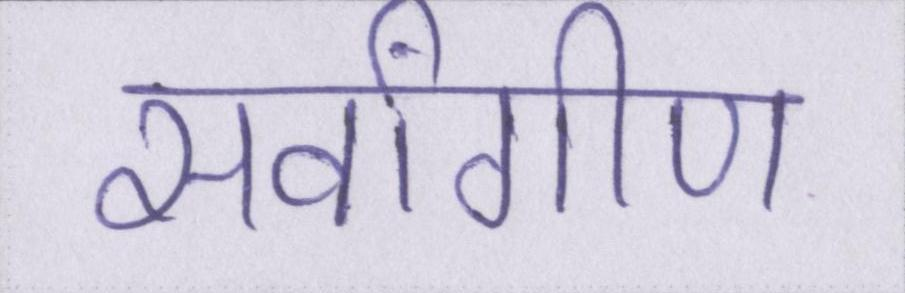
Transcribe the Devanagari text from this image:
सर्वांगीण